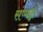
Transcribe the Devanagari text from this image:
संप्पन्न